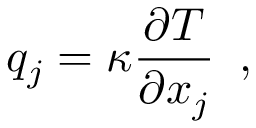
q _ { j } = \kappa \frac { \partial T } { \partial x _ { j } } \, \mathrm { ~ , ~ }